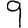
Digit: 9